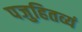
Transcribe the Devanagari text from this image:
पजुहितव्यं